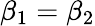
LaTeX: \beta_{1}=\beta_{2}